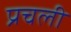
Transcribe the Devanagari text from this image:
प्रचली